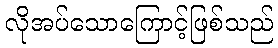
လိုအပ်သောကြောင့်ဖြစ်သည်